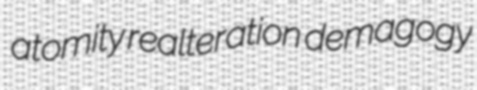
atomity realteration demagogy